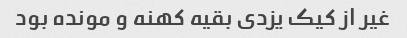
غیر از کیک یزدی بقیه کهنه و مونده بود